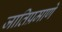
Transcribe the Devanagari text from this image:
जातिप्रमाणे